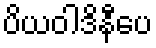
ပိယဝါဒိနီပေ